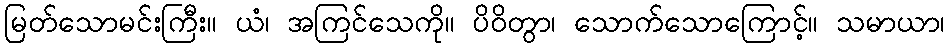
မြတ်သောမင်းကြီး။ ယံ၊ အကြင်သေကို။ ပိဝိတွာ၊ သောက်သောကြောင့်။ သမာယာ၊